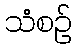
သံစဉ်